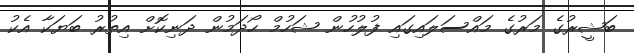
ބަޝީރުގެ މަރުގެ މައްސަލައިގައި ފުލުހުން ޝަހުމް ހޯދަމުން ދަނިކޮށް އިތުރު ބަޔަކާ އެކު